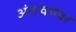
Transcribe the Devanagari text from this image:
अंतत्वचेवर